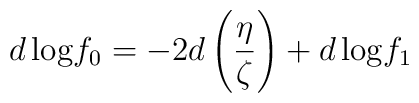
d\,{\rm log}f_{0}=-2d \left(\frac{\eta}{\zeta}\right) +d\,{\rm log} f_{1}